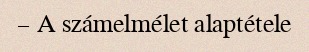
– A számelmélet alaptétele